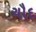
ચૌદ